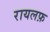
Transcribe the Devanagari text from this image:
रायलफ़